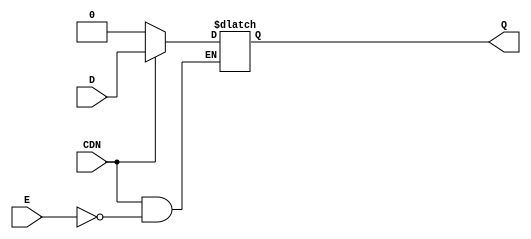
// This program was cloned from: https://github.com/intel/aib-phy-hardware
// License: Apache License 2.0

// SPDX-License-Identifier: Apache-2.0
// Copyright (C) 2019 Intel Corporation. All rights reserved
module aibcr3_latch (
	input wire E,
	input wire CDN,
	//input wire vcc,
	//input wire vss,
	input wire D,
	output reg Q
);

always@(*) begin
	if (!CDN) begin
		Q <= 0;
	end
	else begin
		if (E)
			Q <= D;
	end
end
endmodule